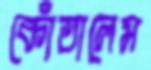
কোঁতালেম